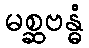
မစ္ဆဗန္ဓံ